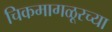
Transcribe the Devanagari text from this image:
चिकमागळूरच्या